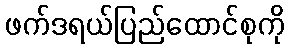
ဖက်ဒရယ်ပြည်ထောင်စုကို